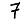
Digit: 7